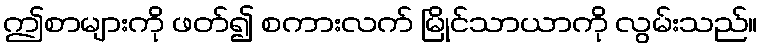
ဤစာများကို ဖတ်၍ စကားလက် မြိုင်သာယာကို လွမ်းသည်။